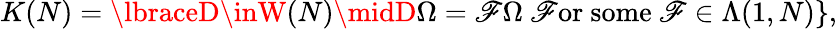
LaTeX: K(N)=\lbraceD\inW(N)\midD\Omega=\mathscr{F}\Omega\mathrm{{~\mathscr{F}or~some~}}\mathscr{F}\in\Lambda(1,N)\rbrace,